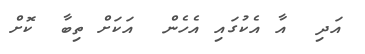
އަދި  އާ އެކުގައި އެހެން  އަކަށް ތިބާ  ކޮށް